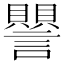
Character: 譻